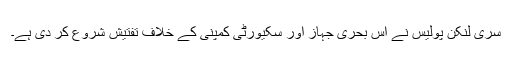
سری لنکن پولیس نے اِس بحری جہاز اور سکیورٹی کمپنی کے خلاف تفتیش شروع کر دی ہے۔